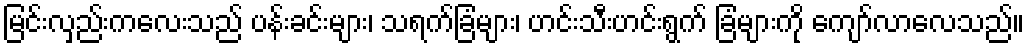
မြင်းလှည်းကလေးသည် ပန်းခင်းများ၊ သရက်ခြံများ၊ ဟင်းသီးဟင်းရွက် ခြံများကို ကျော်လာလေသည်။